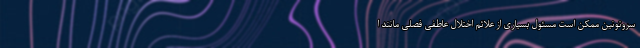
سروتونین ممکن است مسئول بسیاری از علائم اختلال عاطفی فصلی مانند ا